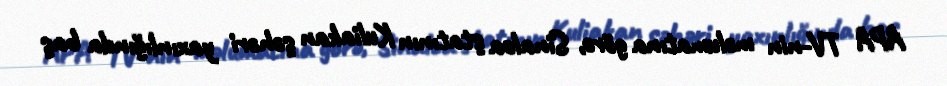
APA TV-nin məlumatına görə, Sinaloa ştatının Kuliakan şəhəri yaxınlığında baş